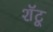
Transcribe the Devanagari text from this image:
शॅटू